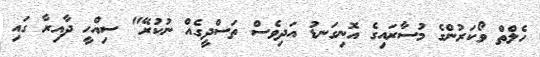
ހެލްތް ވޯކަރުންގެ މުސާރައިގެ އޮނިގަނޑު އަދިވެސް ތަސްދީގެއް ނުކުރޭ" ސިއްހީ ދާއިރާ ގައި